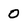
Character: 0